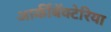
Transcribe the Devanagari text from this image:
आर्कीबॅक्टेरिया